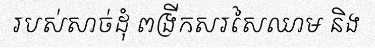
របស់សាច់ដុំ ពង្រីកសរសៃឈាម និង